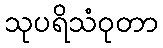
သုပရိသံဝုတာ